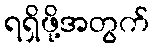
ရရှိဖို့အတွက်